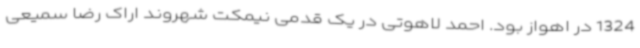
1324 در اهواز بود. احمد لاهوتی در یک قدمی نیمکت شهروند اراک رضا سمیعی